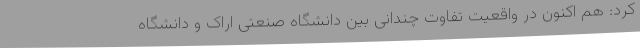
کرد: هم اکنون در واقعیت تفاوت چندانی بین دانشگاه صنعتی اراک و دانشگاه